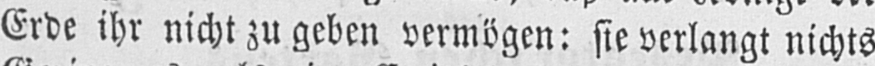
Erde ihr nicht zu geben vermögen: sie verlangt nichts